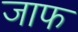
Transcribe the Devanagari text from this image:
जाफ